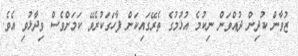
ޒުވާން ކުދިން ދުއްވަން ނިކުމެ އުޅުމުގެ ތެރޭގައިކަން ފާހަގަކުރެވޭ ކަމަށްވެސް ވިދާޅުވި އެވެ.